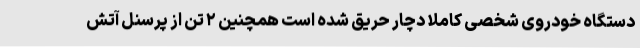
دستگاه خودروی شخصی کاملاً دچار حریق شده است همچنین ۲ تن از پرسنل آتش